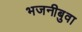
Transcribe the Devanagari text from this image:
भजनीबुवा